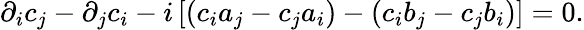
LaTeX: \partial_{i}c_{j}-\partial_{j}c_{i}-i\left[(c_{i}a_{j}-c_{j}a_{i})-(c_{i}b_{j}-c_{j}b_{i})\right]=0.